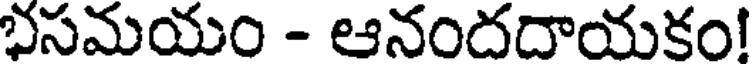
భసమయం - ఆనందదాయకం!